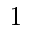
1